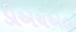
ડીએચએલ